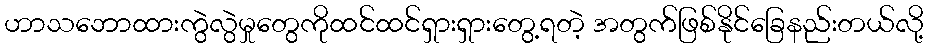
ဟာသဘောထားကွဲလွဲမှုတွေကိုထင်ထင်ရှားရှားတွေ့ရတဲ့ အတွက်ဖြစ်နိုင်ခြေနည်းတယ်လို့